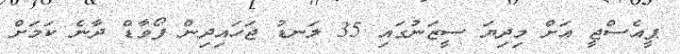
ޕީއެސްޖީ އަށް މިދިޔަ ސީޒަނުގައި 35 ލަނޑު ޖަހައިދިން ފޯވާޑް ދާނެ ކަމަށް